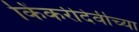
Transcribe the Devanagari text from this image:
किंकरीदेवीच्या